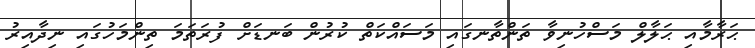
ޙަރާމާއި ޙަލާލް މަސްހުނިވާ ތަންތާނގައި މަސައްކަތް ކުރުން ބަނޑަށް ފުރަތަމަ ތިންމަހުގައި ނިދާއިރު